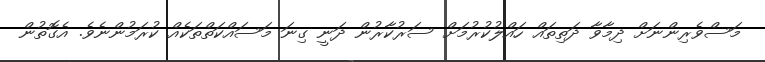
މަސްވެރިންނަށް ދިމާވާ ދަތިތައް ހައްލުކުރުމަށް ސަރުކާރުން ދަނީ ގިނަ މަސައްކަތްތަކެއް ކުރަމުންނެވެ. އެގޮތުން